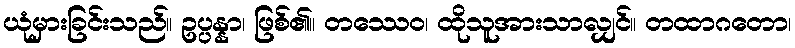
ယုံမှားခြင်းသည်။ ဥပ္ပန္နာ၊ ဖြစ်၏။ တဿေဝ၊ ထိုသူအားသာလျှင်။ တထာဂတော၊